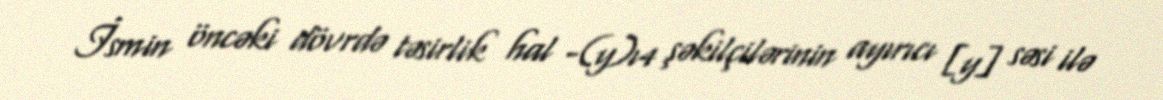
İsmin öncəki dövrdə təsirlik hal -(y)ı4 şəkilçilərinin ayırıcı [y] səsi ilə